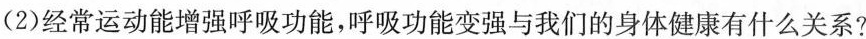
(2)经常运动能增强呼吸功能，呼吸功能变强与我们的身体健康有什么关系?